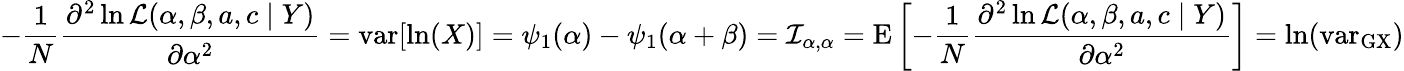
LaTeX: -{\frac{1}{N}}{\frac{\partial^{2}\ln{\mathcal{L}}(\alpha,\beta,a,c\mid Y)}{\partial\alpha^{2}}}=\operatorname{var}[\ln(X)]=\psi_{1}(\alpha)-\psi_{1}(\alpha+\beta)={\mathcal{I}}_{\alpha,\alpha}=\operatorname{E}\left[-{\frac{1}{N}}{\frac{\partial^{2}\ln{\mathcal{L}}(\alpha,\beta,a,c\mid Y)}{\partial\alpha^{2}}}\right]=\ln(\operatorname{var_{GX}})